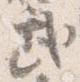
武